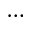
\cdots